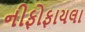
નીફોફાયલા